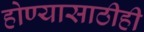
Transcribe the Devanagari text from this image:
होण्यासाठीही